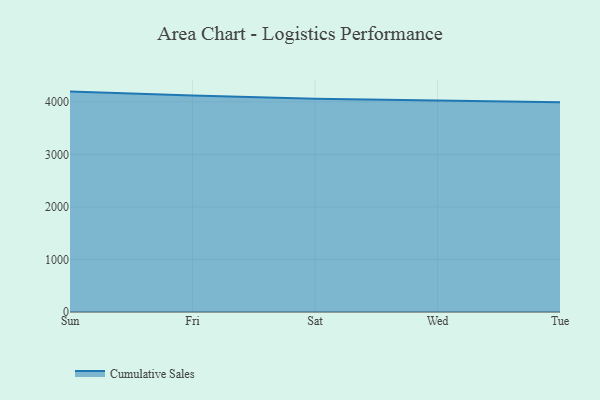
{"axis": {"x": "Day", "y": "Inventory Turnover"}, "legend": ["Cumulative Sales"], "data": [{"x": "Sun", "y": 4195.7, "type": "Cumulative Sales"}, {"x": "Fri", "y": 4119.6, "type": "Cumulative Sales"}, {"x": "Sat", "y": 4058.2, "type": "Cumulative Sales"}, {"x": "Wed", "y": 4025.8, "type": "Cumulative Sales"}, {"x": "Tue", "y": 3993.4, "type": "Cumulative Sales"}]}